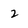
Character: 2